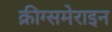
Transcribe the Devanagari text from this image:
क्रीग्समेराइन